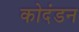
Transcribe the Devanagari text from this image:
कोदंडन